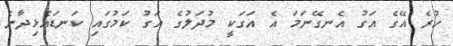
ހުރެ އޭގެ އަގު އެނގޭނަމަ އެ އަގަކީ މުދަލުގެ އަގު ކަމުގައި ކަނޑައެޅިދާނެ